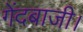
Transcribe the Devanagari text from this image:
गेंदबाजी।